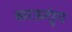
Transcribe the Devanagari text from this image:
काऊशुंग